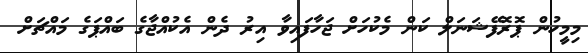
މިމީހުން ޕޮޮރޮފޭޝަނަލް ކަން މެކުހަށް ޖަހާފައިވާ އިރު ދެން އެކުއްޖާގެ ބައްޕަގެ މައްޗަށް